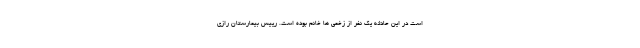
است در این حادثه یک نفر از زخمی ها خانم بوده است. رییس بیمارستان رازی